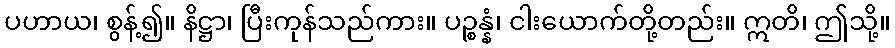
ပဟာယ၊ စွန့်၍။ နိဋ္ဌာ၊ ပြီးကုန်သည်ကား။ ပဉ္စန္နံ၊ ငါးယောက်တို့တည်း။ ဣတိ၊ ဤသို့။